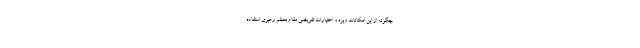
چگونه از این امکانات ویژه و اختیارات تفویضی مقام معظم رهبری استفاده